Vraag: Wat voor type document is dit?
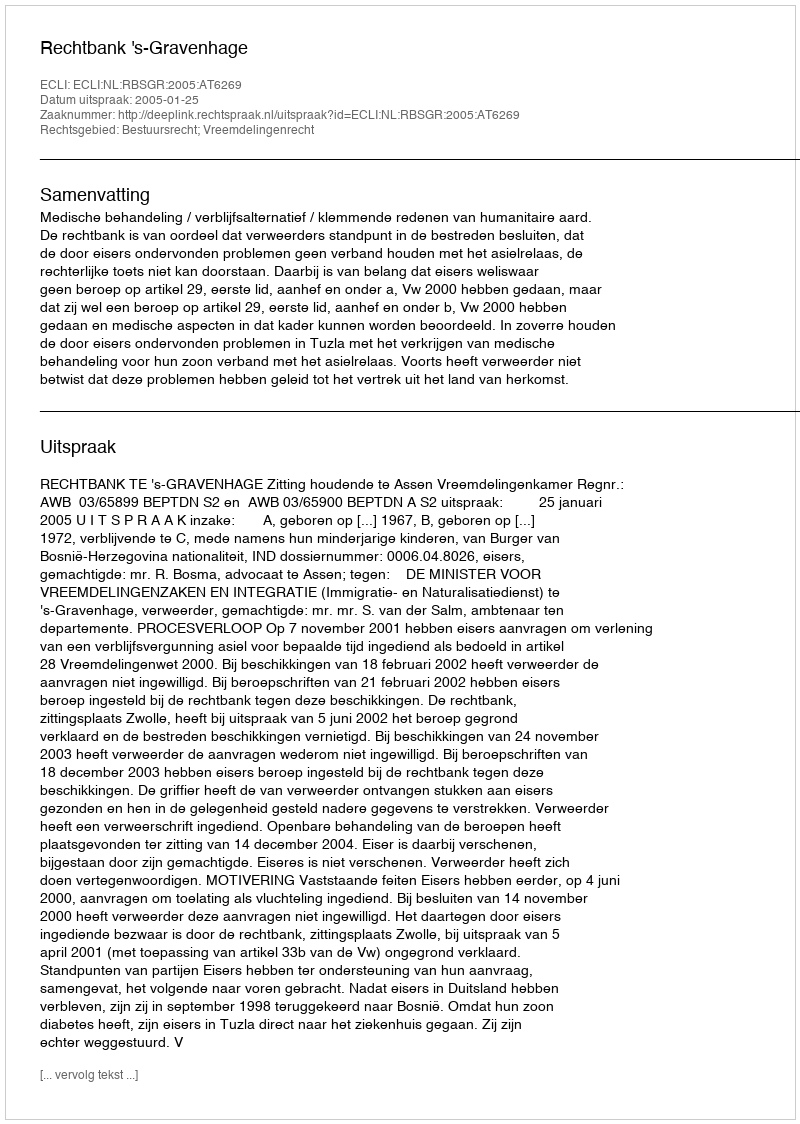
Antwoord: Uitspraak